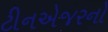
ટીનએજરનો